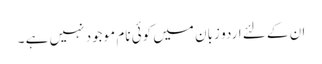
ان کے لئے اردو زبان میں کوئی نام موجود نہیں ہے ۔